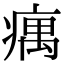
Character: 𤸒